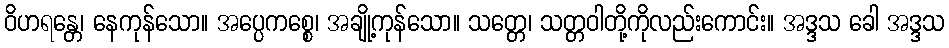
ဝိဟရန္တေ၊ နေကုန်သော။ အပ္ပေကစ္စေ၊ အချို့ကုန်သော။ သတ္တေ၊ သတ္တဝါတို့ကိုလည်းကောင်း။ အဒ္ဒသ ခေါ အဒ္ဒသ